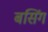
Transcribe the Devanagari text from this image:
बसिंग